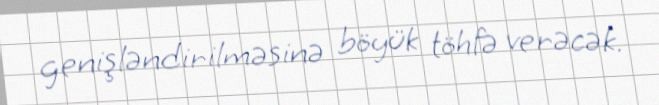
genişləndirilməsinə böyük töhfə verəcək.